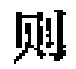
则